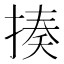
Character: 揍